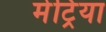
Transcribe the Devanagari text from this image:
मेट्रिया